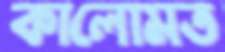
কালোমত